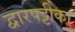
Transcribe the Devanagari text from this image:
द्वारपट्टीका